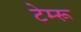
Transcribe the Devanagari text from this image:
टेम्‍रू